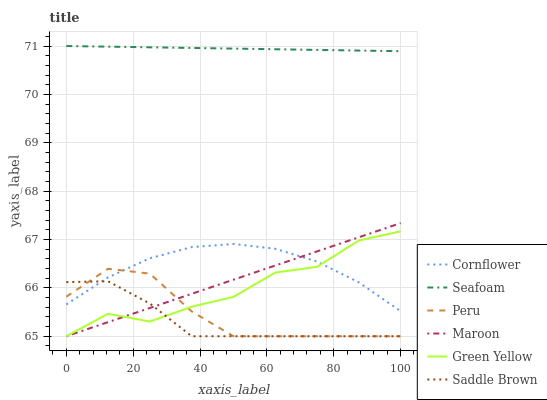
| xaxis_label | Cornflower | Seafoam | Peru | Maroon | Green Yellow | Saddle Brown |
 | --- | --- | --- | --- | --- | --- | --- |
 | 0 | 65.7 | 71 | 65.8 | 65 | 65 | 66.1 |
 | 12.5 | 66.2 | 71 | 66.4 | 65.3 | 65.5 | 66.1 |
 | 25 | 66.6 | 71 | 66.3 | 65.6 | 65.3 | 65.7 |
 | 37.5 | 66.8 | 71 | 65.5 | 65.9 | 65.6 | 65 |
 | 50 | 66.9 | 70.9 | 65 | 66.2 | 65.8 | 65 |
 | 62.5 | 66.8 | 70.9 | 65 | 66.5 | 66.3 | 65 |
 | 75 | 66.5 | 70.9 | 65 | 66.8 | 66.4 | 65 |
 | 87.5 | 66.1 | 70.9 | 65 | 67 | 67 | 65 |
 | 100 | 65.5 | 70.9 | 65 | 67.3 | 67.2 | 65 |